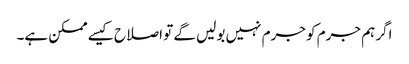
اگر ہم جرم کو جرم نہیں بولیں گے تو اصلاح کیسے ممکن ہے۔